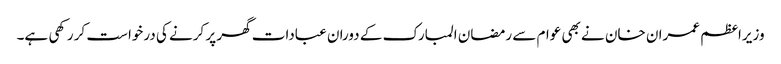
وزیراعظم عمران خان نے بھی عوام سے رمضان المبارک کے دوران عبادات گھر پر کرنے کی درخواست کر رکھی ہے۔